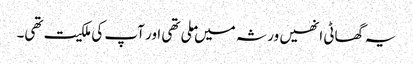
یہ گھاٹی انھیں ورثہ میں ملی تھی اور آپ کی ملکیت تھی۔